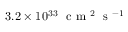
3 . 2 \times 1 0 ^ { 3 3 } \ \textrm { c m } ^ { 2 } \ \textrm { s } ^ { - 1 }